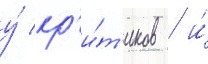
у́ кр'и́т'иков / и́